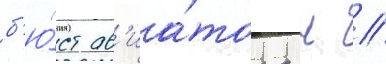
б'ю́ст ав'иа́тора н //